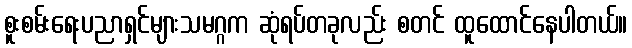
စူးစမ်းရေးပညာရှင်များသမဂ္ဂက ဆုံရပ်တခုလည်း စတင် ထူထောင်နေပါတယ်။